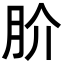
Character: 𭨫